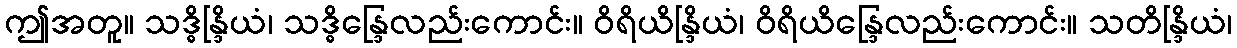
ဤအတူ။ သဒ္ဓိန္ဒြိယံ၊ သဒ္ဓိန္ဒြေလည်းကောင်း။ ဝိရိယိန္ဒြိယံ၊ ဝိရိယိန္ဒြေလည်းကောင်း။ သတိန္ဒြိယံ၊